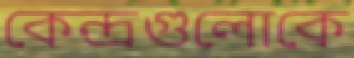
কেন্দ্রগুলোকে